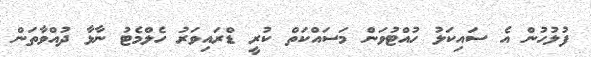
ފުލުހުން އެ ސައިކަލު ހުއްޓުވަން މަސައްކަތް ކުރީ ޑްރައިވަރު ހެލްމެޓު ނާޅާ ދުއްވާތަން